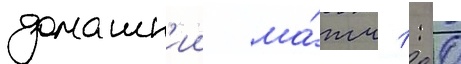
домашн'ии ма́тч 1: 0